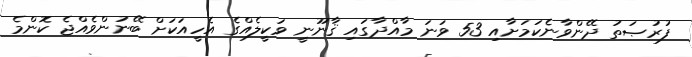
ފުރުޞަތު ދޭންވާނެކަމަށާއި 53 ވަނަ މާއްދާގައި ޤާނޫނީ ވަކީލެއްގެ އެހީއަކަށް ބޭނުންވެއްޖެ ކޮންމެ